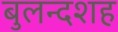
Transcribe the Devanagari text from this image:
बुलन्दशह